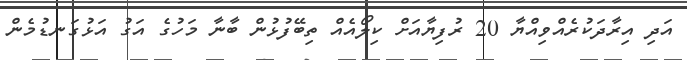
އަދި އިރާދަކުރެއްވިއްޔާ 20 ރުފިޔާއަށް ކިލޯއެއް ތިބޭފުޅުން ބާނާ މަހުގެ އަގު އަޅުގަނޑުމެން